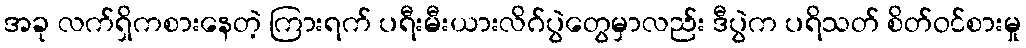
အခု လက်ရှိကစားနေတဲ့ ကြားရက် ပရီးမီးယားလိဂ်ပွဲတွေမှာလည်း ဒီပွဲက ပရိသတ် စိတ်ဝင်စားမှု